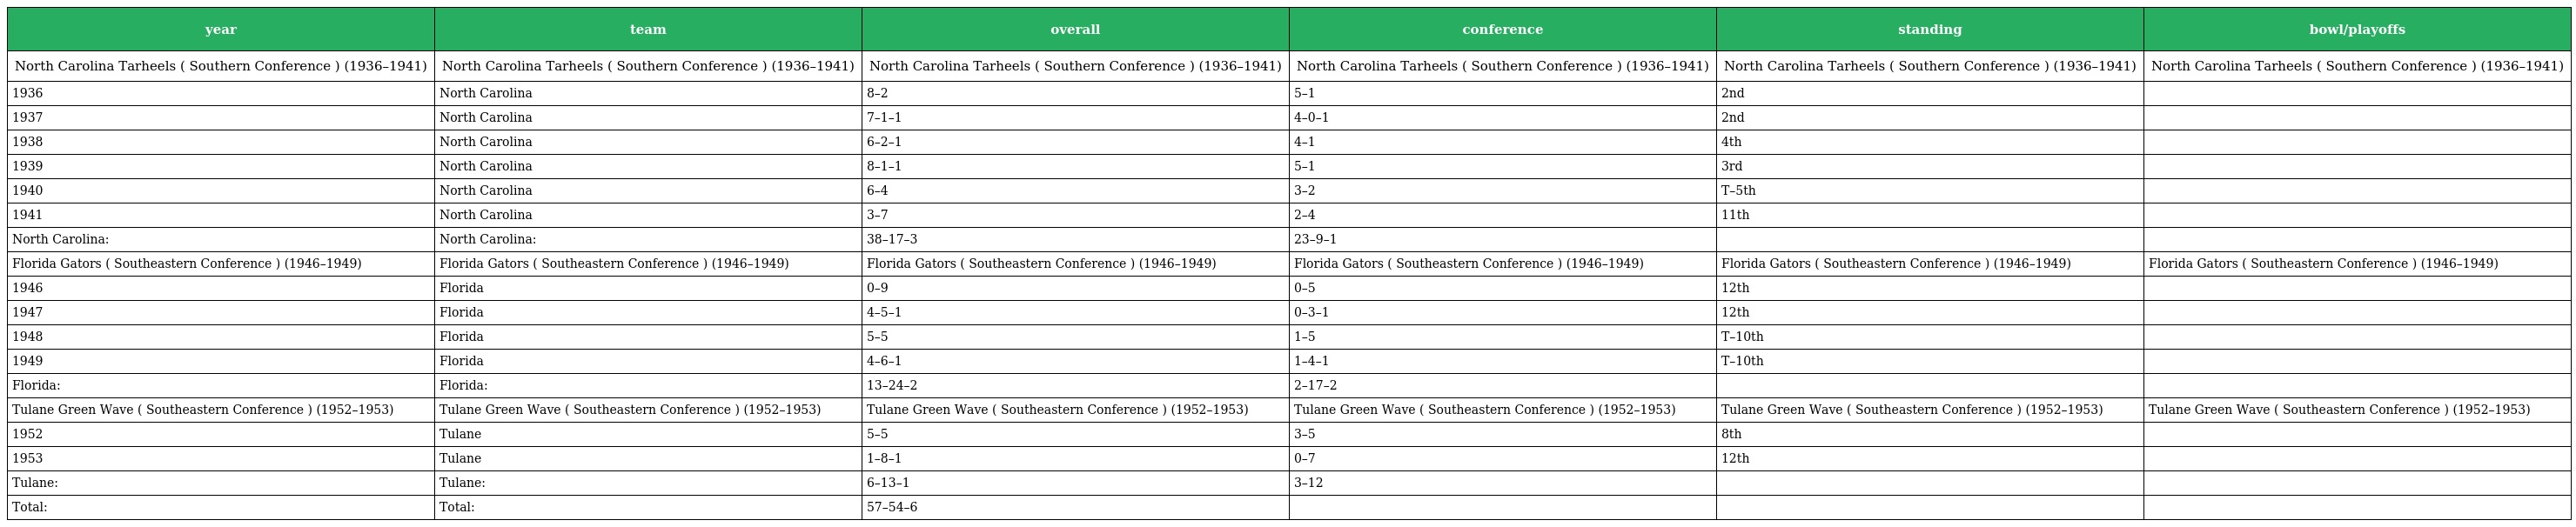
| year | team | overall | conference | standing | bowl/playoffs |
 | --- | --- | --- | --- | --- | --- |
 | North Carolina Tarheels ( Southern Conference ) (1936–1941) | North Carolina Tarheels ( Southern Conference ) (1936–1941) | North Carolina Tarheels ( Southern Conference ) (1936–1941) | North Carolina Tarheels ( Southern Conference ) (1936–1941) | North Carolina Tarheels ( Southern Conference ) (1936–1941) | North Carolina Tarheels ( Southern Conference ) (1936–1941) |
 | 1936 | North Carolina | 8–2 | 5–1 | 2nd |  |
 | 1937 | North Carolina | 7–1–1 | 4–0–1 | 2nd |  |
 | 1938 | North Carolina | 6–2–1 | 4–1 | 4th |  |
 | 1939 | North Carolina | 8–1–1 | 5–1 | 3rd |  |
 | 1940 | North Carolina | 6–4 | 3–2 | T–5th |  |
 | 1941 | North Carolina | 3–7 | 2–4 | 11th |  |
 | North Carolina: | North Carolina: | 38–17–3 | 23–9–1 |  |  |
 | Florida Gators ( Southeastern Conference ) (1946–1949) | Florida Gators ( Southeastern Conference ) (1946–1949) | Florida Gators ( Southeastern Conference ) (1946–1949) | Florida Gators ( Southeastern Conference ) (1946–1949) | Florida Gators ( Southeastern Conference ) (1946–1949) | Florida Gators ( Southeastern Conference ) (1946–1949) |
 | 1946 | Florida | 0–9 | 0–5 | 12th |  |
 | 1947 | Florida | 4–5–1 | 0–3–1 | 12th |  |
 | 1948 | Florida | 5–5 | 1–5 | T–10th |  |
 | 1949 | Florida | 4–6–1 | 1–4–1 | T–10th |  |
 | Florida: | Florida: | 13–24–2 | 2–17–2 |  |  |
 | Tulane Green Wave ( Southeastern Conference ) (1952–1953) | Tulane Green Wave ( Southeastern Conference ) (1952–1953) | Tulane Green Wave ( Southeastern Conference ) (1952–1953) | Tulane Green Wave ( Southeastern Conference ) (1952–1953) | Tulane Green Wave ( Southeastern Conference ) (1952–1953) | Tulane Green Wave ( Southeastern Conference ) (1952–1953) |
 | 1952 | Tulane | 5–5 | 3–5 | 8th |  |
 | 1953 | Tulane | 1–8–1 | 0–7 | 12th |  |
 | Tulane: | Tulane: | 6–13–1 | 3–12 |  |  |
 | Total: | Total: | 57–54–6 |  |  |  |